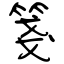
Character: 箋